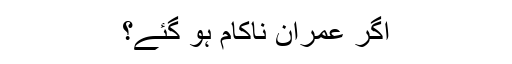
اگر عمران ناکام ہو گئے؟